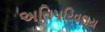
અતિપરિવલય